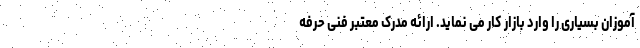
آموزان بسیاری را وارد بازار کار می نماید. ارائه مدرک معتبر فنی حرفه